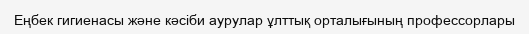
Еңбек гигиенасы және кәсіби аурулар ұлттық орталығының профессорлары